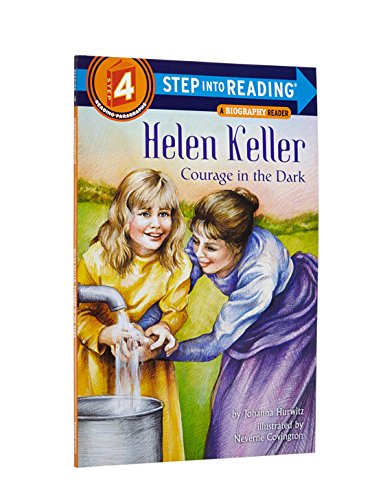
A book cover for Helen Keller: Courage in the Dark (Step-Into-Reading, Step 4); Johanna Hurwitz; Children's Books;